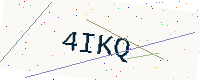
Text: 4IKQ